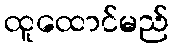
ထူထောင်မည်